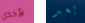
لأخذي بعد